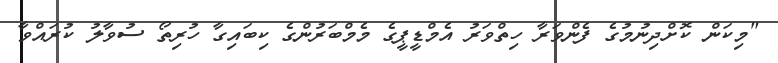
"މިކަން ކޮށްދިނުމުގެ ފެންވަރާ ހިތްވަރު އެމްޑީޕީގެ މެމްބަރުންގެ ކިބައިގާ ހުރިތޯ ސުވާލު ކުރައްވާ